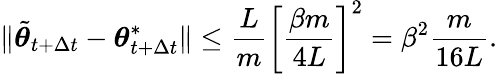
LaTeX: \lVert\tilde{{\boldsymbol{\theta}}}_{t+\Delta t}-{\boldsymbol{\theta}}_{t+\Delta t}^{*}\rVert\leq\frac{L}{m}\left[\frac{\beta m}{4L}\right]^{2}=\beta^{2}\frac{m}{16L}.